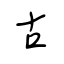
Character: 古